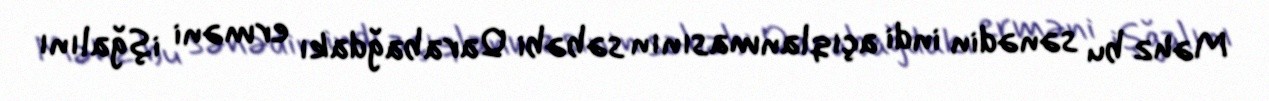
Məhz bu sənədin indi açıqlanmasının səbəbi Qarabağdakı erməni işğalını